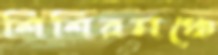
শিশিরমঞ্চে